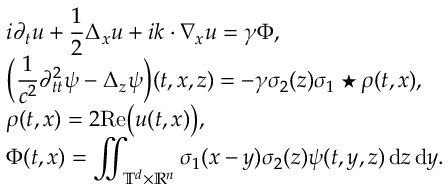
\begin{array} { l } { i \partial _ { t } u + \displaystyle \frac { 1 } { 2 } \Delta _ { x } u + i k \cdot \nabla _ { x } u = \gamma \Phi , } \\ { \Big ( \displaystyle \frac 1 { c ^ { 2 } } \partial _ { t t } ^ { 2 } \psi - \Delta _ { z } \psi \Big ) ( t , x , z ) = - \gamma \sigma _ { 2 } ( z ) \sigma _ { 1 } \star \rho ( t , x ) , } \\ { \rho ( t , x ) = 2 \mathrm { R e } \big ( u ( t , x ) \big ) , } \\ { \Phi ( t , x ) = \displaystyle \iint _ { \mathbb T ^ { d } \times \mathbb R ^ { n } } \sigma _ { 1 } ( x - y ) \sigma _ { 2 } ( z ) \psi ( t , y , z ) \, { \mathrm { d } } z \, { \mathrm { d } } y . } \end{array}